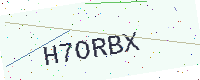
Text: H7ORBX